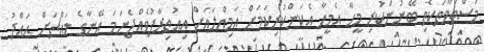
މަސްތުވާތަކެތި ބޭނުންކުރި މީހާ އެމީހާ އެކަންކުރިކަމަށް އަމިއްލައަށް އިޢުތިރާފުވެއްޖެނަމަ އޭނާގެ މައްޗަށް ޙައްދު